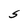
Character: S